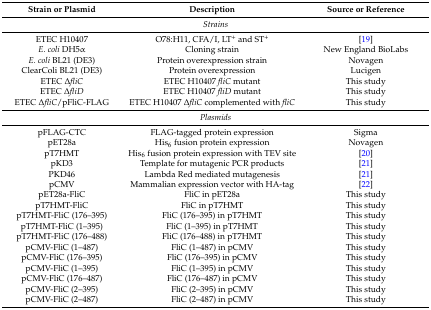
| Strain or Plasmid | Description | Source or Reference |
 | --- | --- | --- |
 | <COLSPAN=3> Strains |
 | ETEC H10407 | O78:H11, CFA/I, LT+ and ST+ | [19] |
 | E. coli DH5α | Cloning strain | New England BioLabs |
 | E. coli BL21 (DE3) | Protein overexpression strain | Novagen |
 | ClearColi BL21 (DE3) | Protein overexpression | Lucigen |
 | ETEC ΔfliC | ETEC H10407 fliC mutant | This study |
 | ETEC ΔfliD | ETEC H10407 fliD mutant | This study |
 | ETEC ΔfliC/pFliC-FLAG | ETEC H10407 ΔfliC complemented with fliC | This study |
 | <COLSPAN=3> Plasmids |
 | pFLAG-CTC | FLAG-tagged protein expression | Sigma |
 | pET28a | His6 fusion protein expression | Novagen |
 | pT7HMT | His6 fusion protein expression with TEV site | [20] |
 | pKD3 | Template for mutagenic PCR products | [21] |
 | PKD46 | Lambda Red mediated mutagenesis | [21] |
 | pCMV | Mammalian expression vector with HA-tag | [22] |
 | pET28a-FliC | FliC in pET28a | This study |
 | pT7HMT-FliC | FliC in pT7HMT | This study |
 | pT7HMT-FliC (176–395) | FliC (176–395) in pT7HMT | This study |
 | pT7HMT-FliC (1–395) | FliC (1–395) in pT7HMT | This study |
 | pT7HMT-FliC (176–488) | FliC (176–488) in pT7HMT | This study |
 | pCMV-FliC (1–487) | FliC (1–487) in pCMV | This study |
 | pCMV-FliC (176–395) | FliC (176–395) in pCMV | This study |
 | pCMV-FliC (1–395) | FliC (1–395) in pCMV | This study |
 | pCMV-FliC (176–487) | FliC (176–487) in pCMV | This study |
 | pCMV-FliC (2–395) | FliC (2–395) in pCMV | This study |
 | pCMV-FliC (2–487) | FliC (2–487) in pCMV | This study |